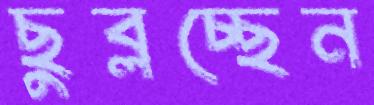
ছুব্‌লচ্ছেন